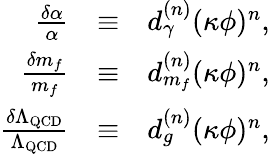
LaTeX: \begin{array}{rlr}{\frac{\delta\alpha}{\alpha}}&{\equiv}&{d_{\gamma}^{(n)}(\kappa\phi)^{n},}\\ {\frac{\delta m_{f}}{m_{f}}}&{\equiv}&{d_{m_{f}}^{(n)}(\kappa\phi)^{n},}\\ {\frac{\delta\Lambda_{\mathrm{QCD}}}{\Lambda_{\mathrm{QCD}}}}&{\equiv}&{d_{g}^{(n)}(\kappa\phi)^{n},}\end{array}